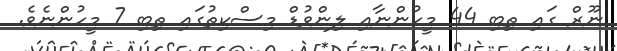
ނޫރް ގައި ތިބި 44 މީހުންނާއި ލިންވުޑް މިސްކިތުގައި ތިބި 7 މީހުންނެވެ.